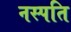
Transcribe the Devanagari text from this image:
नस्पति